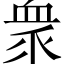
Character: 衆